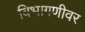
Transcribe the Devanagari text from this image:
विभागणीवर